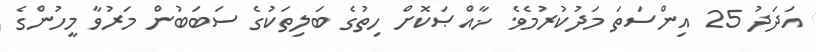
އަދަދު 25 އިންސަތަ މަދުކުރުމެވެ. ޚާއްޞަކޮށް ހިތުގެ ބަލިތަކުގެ ސަބަބުން މަރުވާ މީހުންގެ